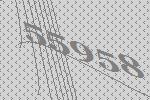
55958